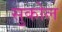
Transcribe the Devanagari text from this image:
सुकोल